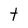
Character: t